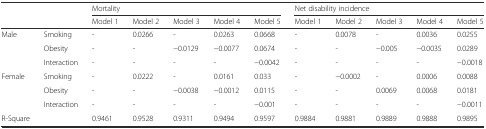
|  |  | <COLSPAN=5> Mortality | <COLSPAN=5> Net disability incidence |
 |  |  | Model 1 | Model 2 | Model 3 | Model 4 | Model 5 | Model 1 | Model 2 | Model 3 | Model 4 | Model 5 |
 | --- | --- | --- | --- | --- | --- | --- | --- | --- | --- | --- | --- |
 | <ROWSPAN=3> Male | Smoking | - | 0.0266 | - | 0.0263 | 0.0668 | - | 0.0078 | - | 0.0036 | 0.0255 |
 | Obesity | - | - | −0.0129 | −0.0077 | 0.0674 | - | - | −0.005 | −0.0035 | 0.0289 |
 | Interaction | - | - | - | - | −0.0042 | - | - | - | - | −0.0018 |
 | <ROWSPAN=3> Female | Smoking | - | 0.0222 | - | 0.0161 | 0.033 | - | −0.0002 | - | 0.0006 | 0.0088 |
 | Obesity | - | - | −0.0038 | −0.0012 | 0.0115 | - | - | 0.0069 | 0.0068 | 0.0181 |
 | Interaction | - | - | - | - | −0.001 | - | - | - | - | −0.0011 |
 | R-Square |  | 0.9461 | 0.9528 | 0.9311 | 0.9494 | 0.9597 | 0.9884 | 0.9881 | 0.9889 | 0.9888 | 0.9895 |